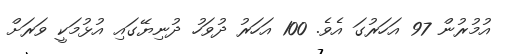
އުމުރުން 97 އަހަރުގަ އެވެ. 100 އަހަރު ދުވަހު ދުނިޔޭގައި އުޅުމަކީ ވަރަށް